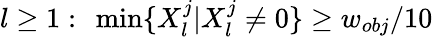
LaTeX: l\ge 1:\ \operatorname*{min}\{ X_{l}^{j}|X_{l}^{j}\neq 0\} \ge w_{obj}/10